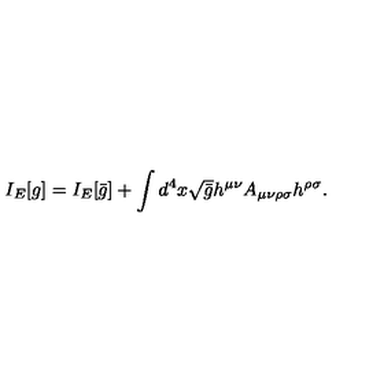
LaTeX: I _ { E } [ g ] = I _ { E } [ \bar { g } ] + \int d ^ { 4 } x \sqrt { \bar { g } } h ^ { \mu \nu } A _ { \mu \nu \rho \sigma } h ^ { \rho \sigma } .